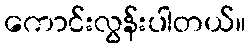
ကောင်းလွန်းပါတယ်။